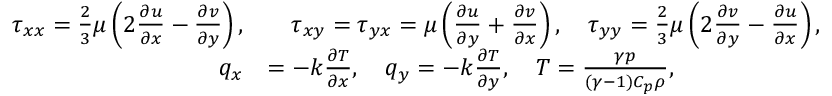
\begin{array} { r l } { \tau _ { x x } = \frac { 2 } { 3 } \mu \left( 2 \frac { \partial u } { \partial x } - \frac { \partial v } { \partial y } \right) , } & { \quad \tau _ { x y } = \tau _ { y x } = \mu \left( \frac { \partial u } { \partial y } + \frac { \partial v } { \partial x } \right) , \quad \tau _ { y y } = \frac { 2 } { 3 } \mu \left( 2 \frac { \partial v } { \partial y } - \frac { \partial u } { \partial x } \right) , } \\ { q _ { x } } & { = - k \frac { \partial T } { \partial x } , \quad q _ { y } = - k \frac { \partial T } { \partial y } , \quad T = \frac { \gamma p } { ( \gamma - 1 ) C _ { p } \rho } , } \end{array}